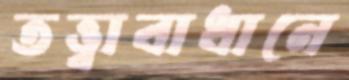
তত্ত্বাবাধানে